Plague in India, 1896, 1897 - Volume 1
Year: 1896
Disease focus: Plague
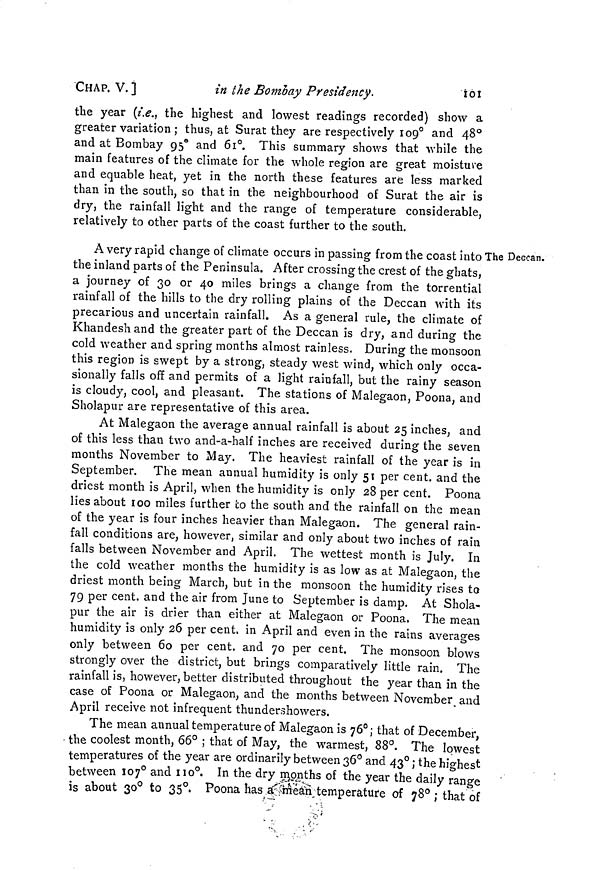
CHAP. V.]
in the Bombay Presidency.
101
the year (i.e., the highest and lowest readings recorded) show a
greater variation ; thus, at Surat they are respectively 109° and 48°a
nd at Bombay 95° and 61°. This summary shows that while the
main features of the climate for the whole region are great moisture
and equable heat, yet in the north these features are less marked
than in the south, so that in the neighbourhood of Surat the air is
dry, the rainfall light and the range of temperature considerable,
relatively to other parts of the coast further to the south.
The Deccan.
A very rapid change of climate occurs in passing from the coast into '
the inland parts of the Peninsula. After crossing the crest of the ghats,
a journey of 30 or 40 miles brings a change from the torrential
rainfall of the hills to the dry rolling plains of the Deccan with its
precarious and uncertain rainfall. As a general rule, the climate of
Khandeshand the greater part of the Deccan is dry, and during the
cold weather and spring months almost rainless. During the monsoon
this region is swept by a strong, steady west wind, which only occa-
sionally falls off and permits of a light rainfall, but the rainy season
is cloudy, cool, and pleasant. The stations of Malegaon, Poona, and
Sholapur are representative of this area.
At Malegaon the average annual rainfall is about 25 inches, and
of this less than two and-a-half inches are received during the seven
months November to May. The heaviest rainfall of the year is in
September. The mean annual humidity is only 51 per cent. and the
driest month is April, when the humidity is only 28 per cent. Poona
lies about 100 miles further to the south and the rainfall on the mean
of the year is four inches heavier than Malegaon. The general rain-
fall conditions are, however, similar and only about two inches of rain
falls between November and April. The wettest month is July. In
the cold weather months the humidity is as low as at Malegaon, the
driest month being March, but in the monsoon the humidity rises to
79 per cent. and the air from June to September is damp. At Shola-
pur the air is drier than either at Malegaon or Poona, The mean
humidity is only 26 per cent. in April and even in the rains averages
only between 60 per cent. and 70 per cent. The monsoon blows
strongly over the district, but brings comparatively little rain. The
rainfall is, however, better distributed throughout the year than in the
case of Poona or Malegaon, and the months between November and
April receive not infrequent thundershowers.
The mean annual temperature of Malegaon is 76°; that of December,
the coolest month, 66° ; that of May, the warmest, 88°. The lowest
temperatures of the year are ordinarily between 36° and 43° ; the highest
between 107° and 110°. In the dry months of the year the daily range
is about 30° to 35°. Poona has a mean temperature of 78° ; that of